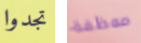
تجدوا موظفة